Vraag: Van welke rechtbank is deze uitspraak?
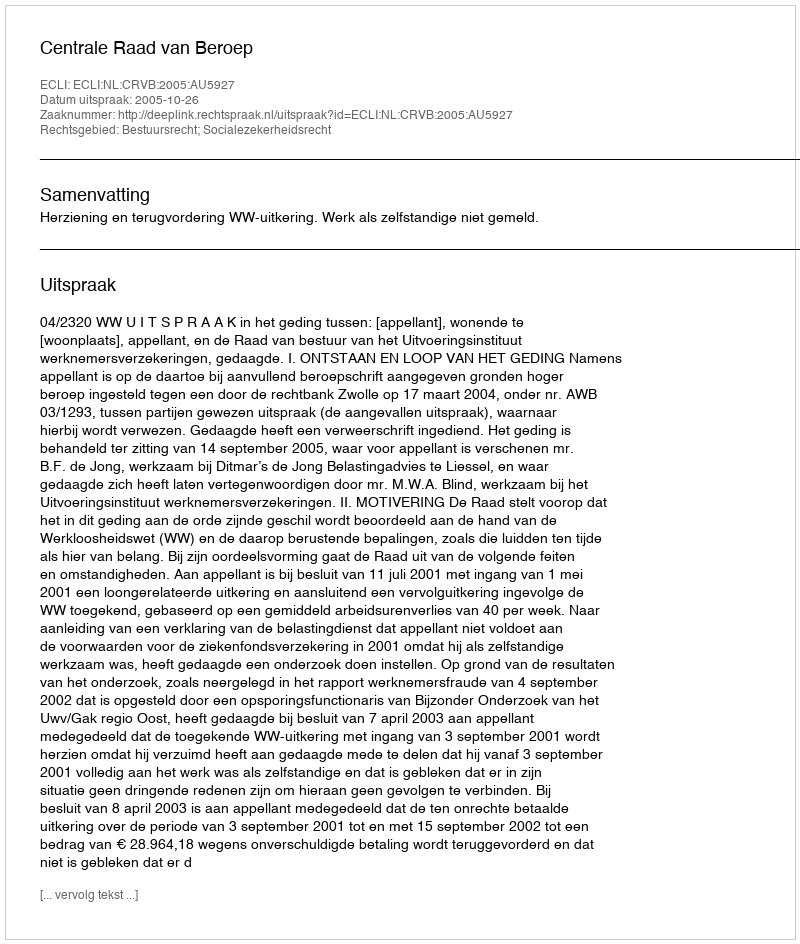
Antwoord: Centrale Raad van Beroep